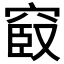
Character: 𥦞